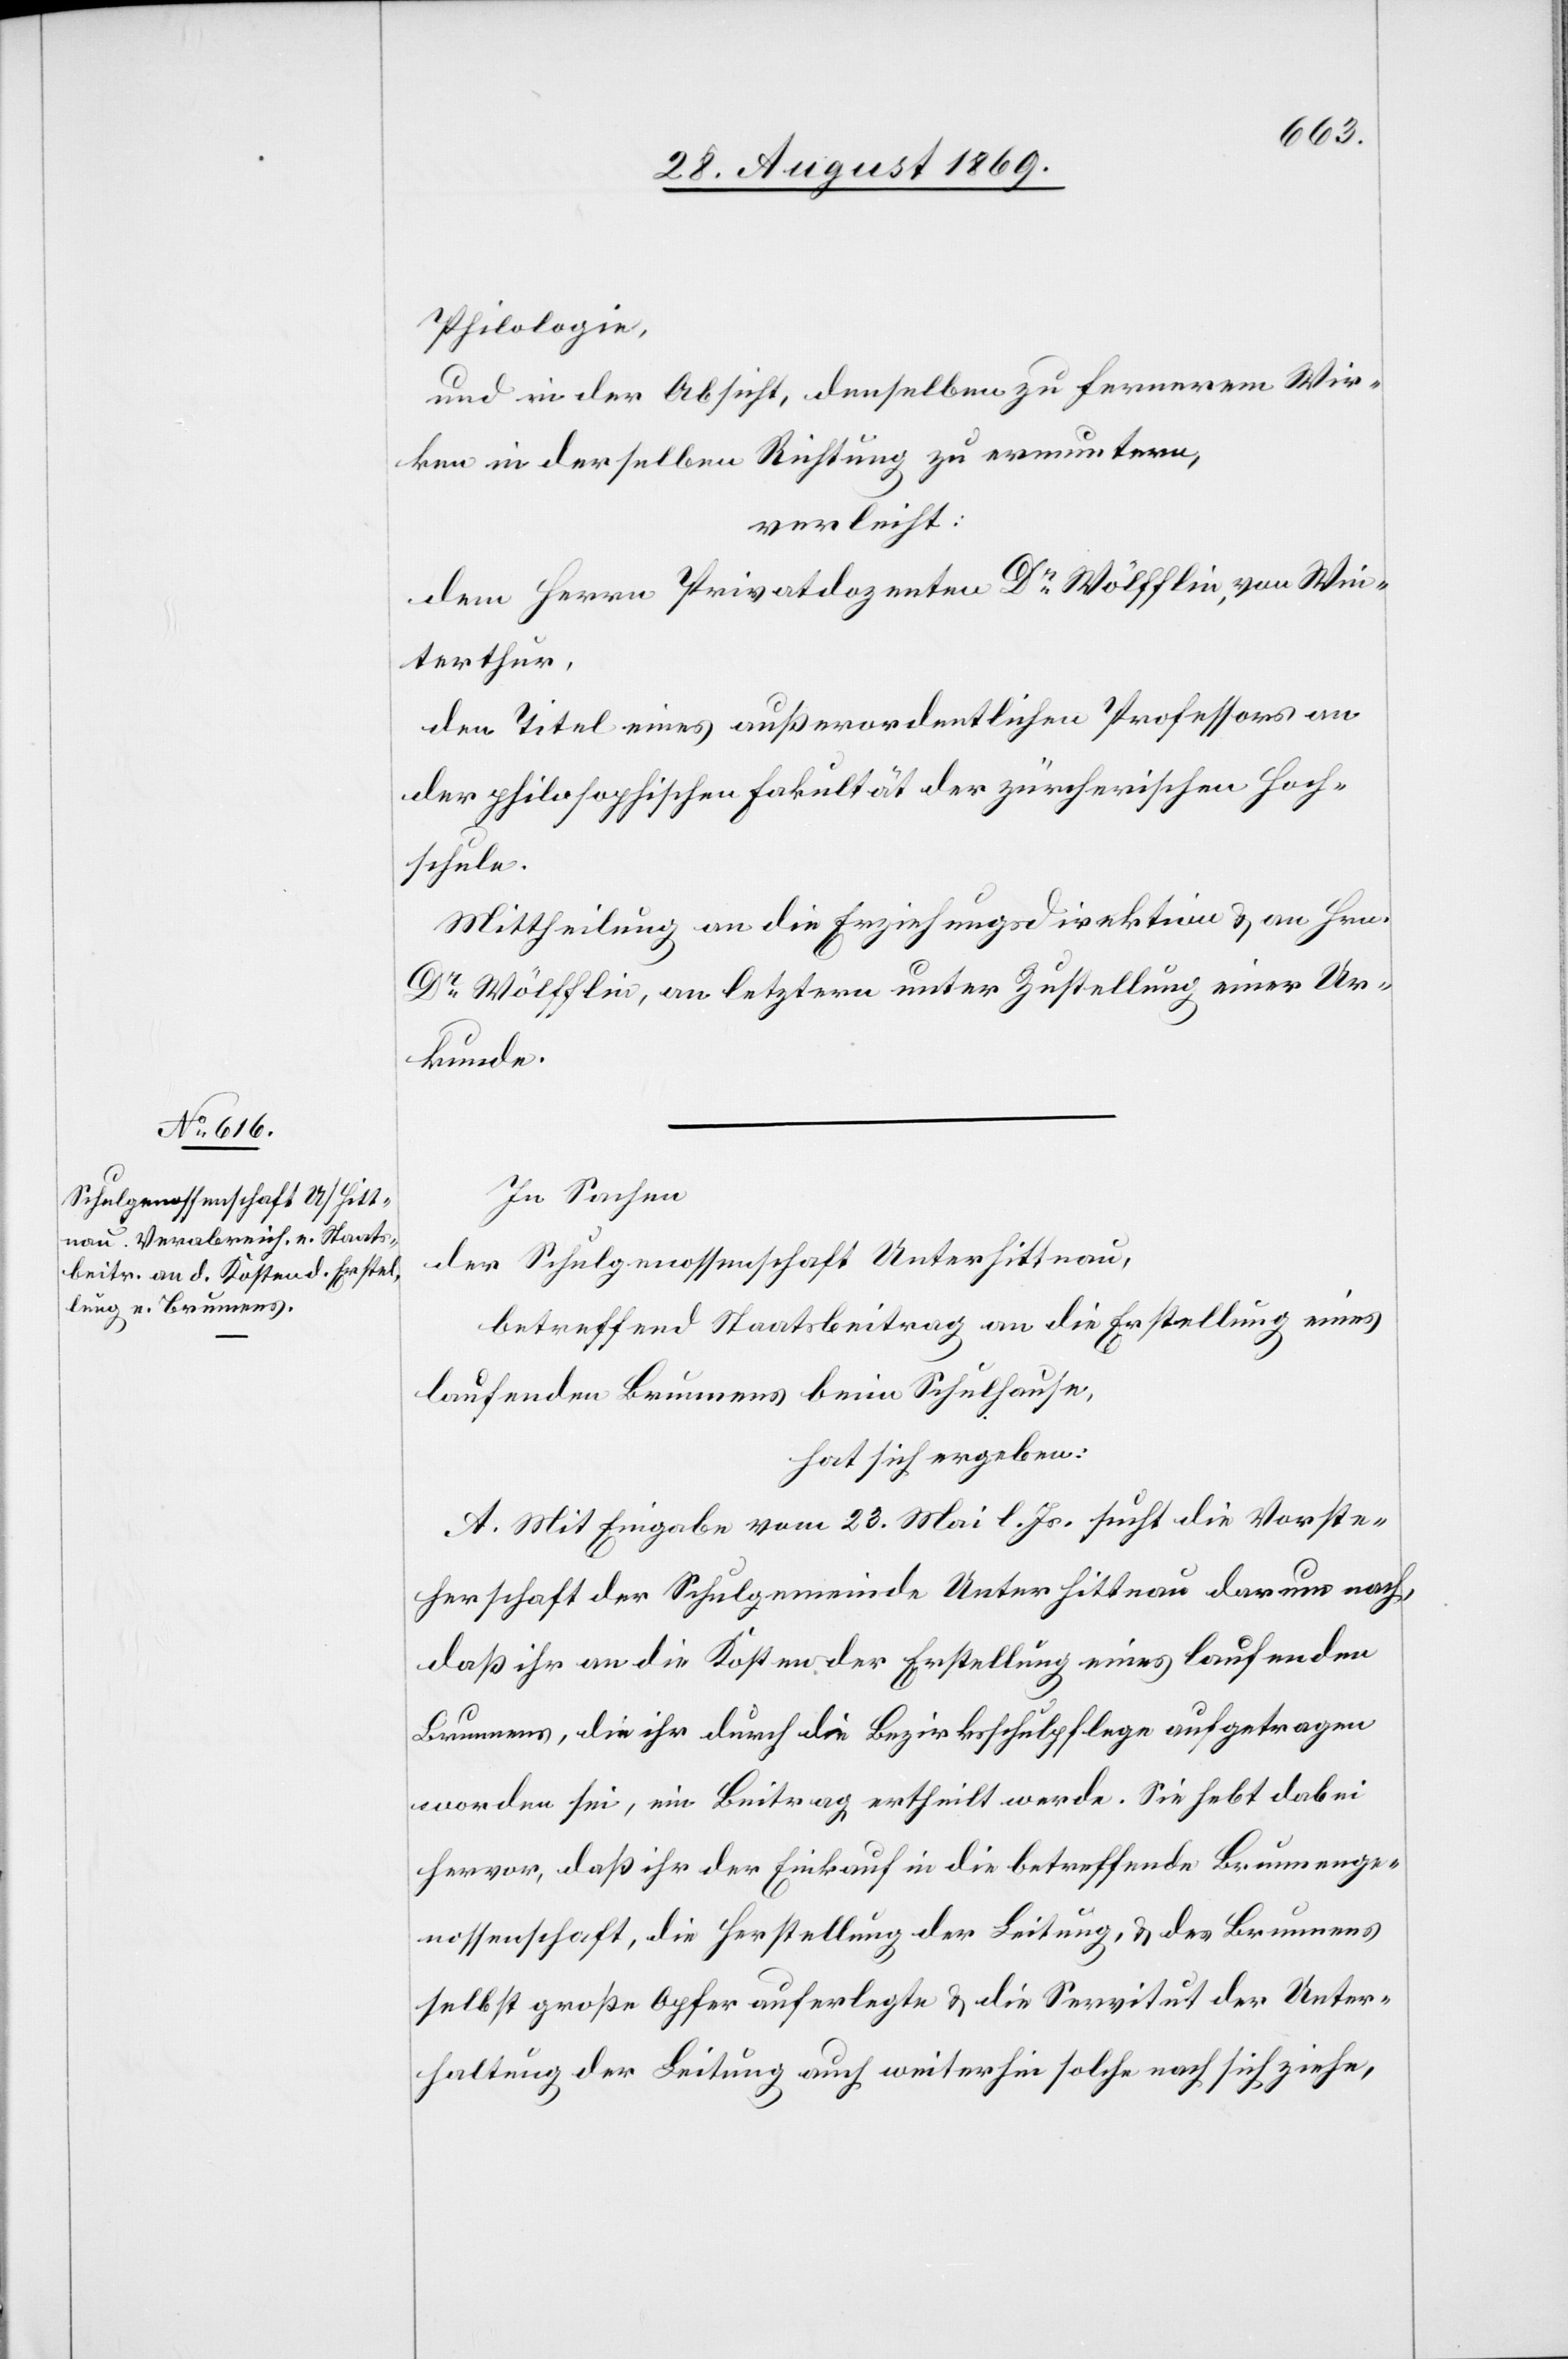
Philologie,
und in der Absicht, denselben zu fernerem Wir¬
ken in derselben Richtung zu ermuntern,
verleiht:
dem Herrn Privatdozenten Dr Wölfflin, von Win¬
terthur,
den Titel eines außerordentlichen Professors an
der philosophischen [sic!] Fakultät der zürcherischen Hoch¬
schule.
Mittheilung an die Erziehungsdirektion & an Hrn.
Dr Wölfflin, an letztern unter Zustellung einer Ur¬
kunde.
In Sachen
der Schulgenossenschaft Unterhittnau,
betreffend Staatsbeitrag an die Erstellung eines
laufenden Brunnens beim Schulhause,
hat sich ergeben:
A. Mit Eingabe vom 23. Mai l. Js. sucht die Vorste¬
herschaft der Schulgemeinde Unterhittnau darum nach,
daß ihr an die Kosten der Erstellung eines laufenden
Brunnens, die ihr durch die Bezirksschulpflege aufgetragen
worden sei, ein Beitrag ertheilt werde. Sie hebt dabei
hervor, daß ihr der Einkauf in die betreffende Brunnenge¬
nossenschaft, die Herstellung der Leitung, & des Brunnens
selbst große Opfer auferlegte & die Servitut der Unter¬
haltung der Leitung auch weiterhin solche nach sich ziehe,